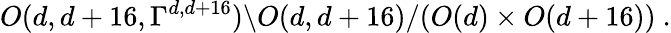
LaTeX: O(d,d+16,\Gamma^{d,d+16})\backslash O(d,d+16)/(O(d)\times O(d+16))~.